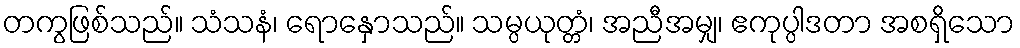
တကွဖြစ်သည်။ သံသနံ၊ ရောနှောသည်။ သမ္ပယုတ္တံ၊ အညီအမျှ၊ ဧကုပ္ပါဒတာ အစရှိသော